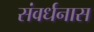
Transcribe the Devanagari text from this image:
संवर्धनास